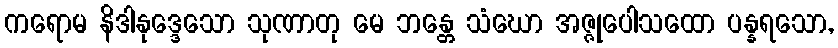
ကရောမ နိဒါနုဒ္ဒေသော သုဏာတု မေ ဘန္တေ သံဃော အဇ္ဇုပေါသထော ပန္နရသော,